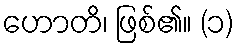
ဟောတိ၊ ဖြစ်၏။ (၁)